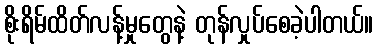
စိုးရိမ်ထိတ်လန့်မှုတွေနဲ့ တုန်လှုပ်စေခဲ့ပါတယ်။